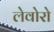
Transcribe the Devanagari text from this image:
लेवोरो